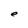
Character: e